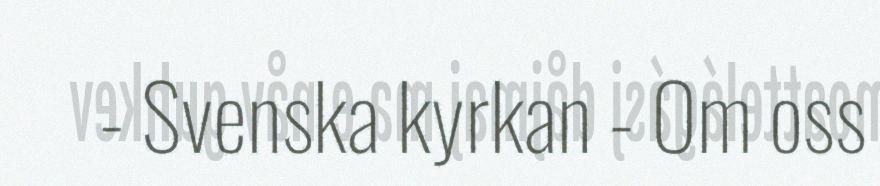
- Svenska kyrkan - Om oss